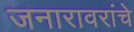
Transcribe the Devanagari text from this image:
जनारावरांचे